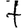
Digit: 7